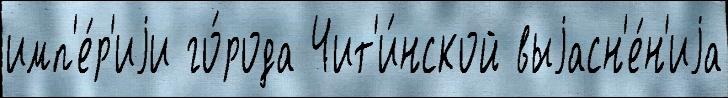
имп'е́р'иjи го́рода Чит'и́нской выjасн'е́н'иjа